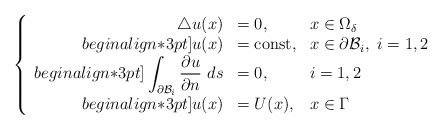
\begin{align*} \left\{\begin{array}{r l l }\triangle u(x) & = 0, & \displaystyle x\in \Omega_{\delta}\\begin{align*}3pt] u(x) &=\mbox{const}, & \displaystyle x\in \partial \mathcal{B}_i,~ i=1,2\\begin{align*}3pt]\displaystyle \int_{\partial \mathcal{B}_i}\frac{\partial u}{\partial n} ~ds&=0, & i=1,2\\begin{align*}3pt]u(x) &= U(x), & \displaystyle x\in \Gamma\end{array}\right.\end{align*}